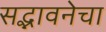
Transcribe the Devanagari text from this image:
सद्भावनेचा